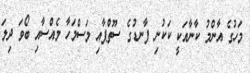
މަހުގެ އާންމު ކާނާއަކީ ކަކުނި ފާނޑުގެ ސޫތްޕާއި މަސްމަހާ މެއްސާއި ބޯވަ ދިލަ